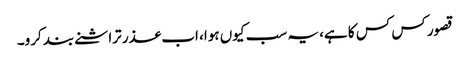
قصور کس کس کا ہے، یہ سب کیوں ہوا، اب عذر تراشنے بند کرو۔